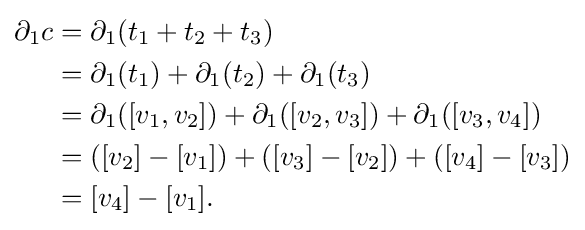
{\begin{aligned}\partial _{1}c&=\partial _{1}(t_{1}+t_{2}+t_{3})\\&=\partial _{1}(t_{1})+\partial _{1}(t_{2})+\partial _{1}(t_{3})\\&=\partial _{1}([v_{1},v_{2}])+\partial _{1}([v_{2},v_{3}])+\partial _{1}([v_{3},v_{4}])\\&=([v_{2}]-[v_{1}])+([v_{3}]-[v_{2}])+([v_{4}]-[v_{3}])\\&=[v_{4}]-[v_{1}].\end{aligned}}